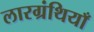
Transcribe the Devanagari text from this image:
लारग्रंथियाँ